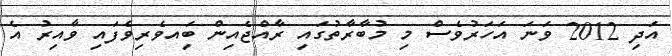
އަދި 2012 ވަނަ އަހަރުވެސް މި މުބާރާތުގައި ރާއްޖެއިން ބަިއވެރިވެފައި ވާއިރު އެ